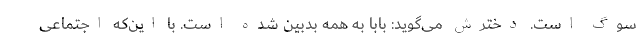
سوگ است. دخترش می‌گوید: بابا به همه بدبین شده است. با این‌که اجتماعی